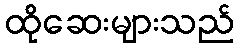
ထိုဆေးများသည်